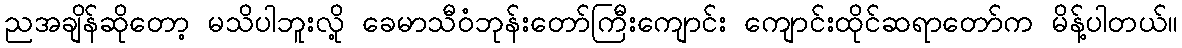
ညအချိန်ဆိုတော့ မသိပါဘူးလို့ ခေမာသီဝံဘုန်းတော်ကြီးကျောင်း ကျောင်းထိုင်ဆရာတော်က မိန့်ပါတယ်။